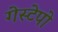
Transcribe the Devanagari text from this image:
गेस्टेपो